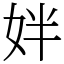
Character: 姅